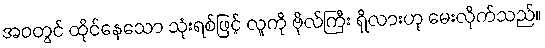
အဝတွင် ထိုင်နေသော သုံးရစ်ဖြင့် လူကို ဗိုလ်ကြီး ရှိလားဟု မေးလိုက်သည်။